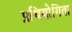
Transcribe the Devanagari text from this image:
प्रथियोगिता